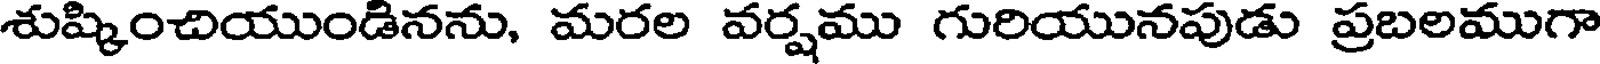
శుష్కించియుండినను, మరల వర్షము గురియునపుడు ప్రబలముగా